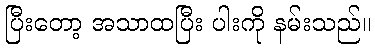
ပြီးတော့ အသာထပြီး ပါးကို နမ်းသည်။